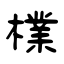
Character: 檏